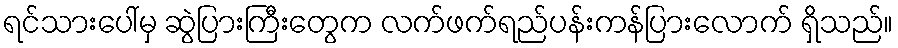
ရင်သားပေါ်မှ ဆွဲပြားကြီးတွေက လက်ဖက်ရည်ပန်းကန်ပြားလောက် ရှိသည်။